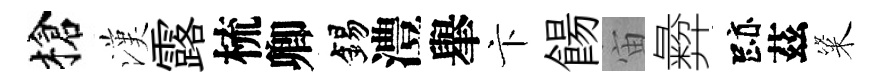
槍漢露梳卿錫澧𦦙卞餳宙彜跡茲粢